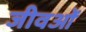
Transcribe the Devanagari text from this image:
जीवओं